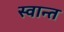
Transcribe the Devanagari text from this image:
स्वान्त